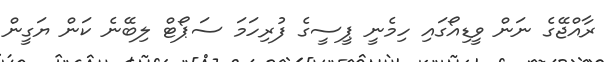
ރާއްޖޭގެ ނަން ވީޑިއޯގައި ހިމެނީ ޕީސީގެ ފުރިހަމަ ސަޕޯޓް ލިބޭނެ ކަން ޔަގީން